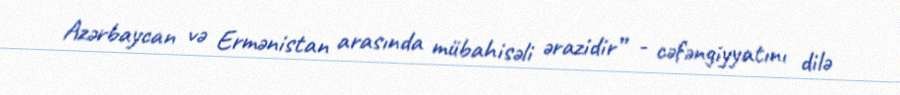
Azərbaycan və Ermənistan arasında mübahisəli ərazidir” - cəfəngiyyatını dilə